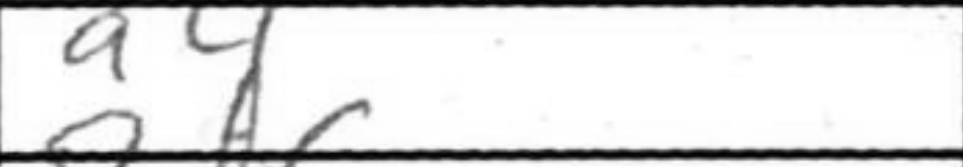
Transcription: a4